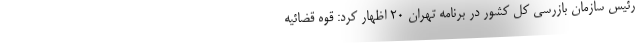
رئیس سازمان بازرسی کل کشور در برنامه تهران ۲۰ اظهار کرد: قوه قضائیه